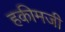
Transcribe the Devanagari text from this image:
हकीमजी